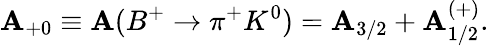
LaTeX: {\mathbf{A}}_{+0}\equiv\mathbf{A}({B}^{+}\rightarrow{\pi}^{+}{K}^{0})={\mathbf{A}}_{3/2}+{\mathbf{A}}_{1/2}^{(+)}.